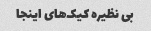
بی نظیره کیک‌های اینجا